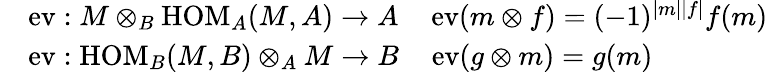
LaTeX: \begin{array}{rl}&{\operatorname{ev}:M\otimes_{B}\operatorname{HOM}_{A}(M,A)\to A\quad\operatorname{ev}(m\otimes f)=(-1)^{|m||f|}f(m)}\\ &{\operatorname{ev}:\operatorname{HOM}_{B}(M,B)\otimes_{A}M\to B\quad\operatorname{ev}(g\otimes m)=g(m)}\end{array}